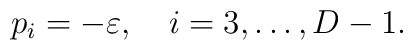
p_{i}=-\varepsilon ,\quad i=3,\ldots ,D-1.